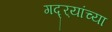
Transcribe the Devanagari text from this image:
गद्र्‍यांच्या